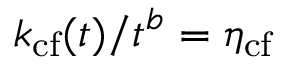
k _ { \mathrm { c f } } ( t ) / t ^ { b } = \eta _ { \mathrm { c f } }